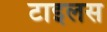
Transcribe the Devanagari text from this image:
टाइलस